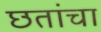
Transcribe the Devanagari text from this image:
छतांचा